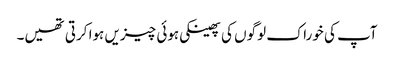
آپ کی خوراک لوگوں کی پھینکی ہوئی چیزیں ہوا کرتی تھیں۔